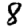
Digit: 8